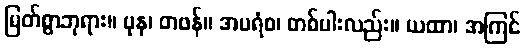
မြတ်စွာဘုရား။ ပုန၊ တဖန်။ အပရံစ၊ တစ်ပါးလည်း။ ယထာ၊ အကြင်